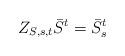
LaTeX: \begin{align*}Z_{S,s,t}\bar{S}^{t}=\bar{S}^{t}_{s}\end{align*}